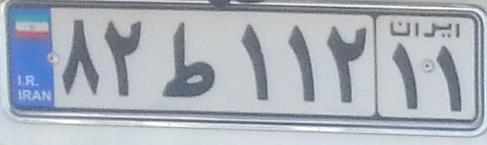
۸۲ط۱۱۲۱۱